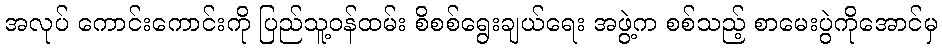
အလုပ် ကောင်းကောင်းကို ပြည်သူ့ဝန်ထမ်း စိစစ်ရွေးချယ်ရေး အဖွဲ့က စစ်သည့် စာမေးပွဲကိုအောင်မှ